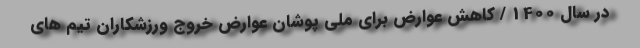
در سال 1400 / کاهش عوارض برای ملی پوشان عوارض خروج ورزشکاران تیم های